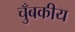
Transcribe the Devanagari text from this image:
चुँबकीय